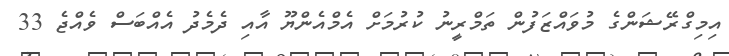
އިމިގްރޭޝަންގެ މުވައްޒަފުން ތަމްރީނު ކުރުމަށް އެމްއެންޔޫ އާއި ދެމެދު އެއްބަސް ވެއްޖެ 33